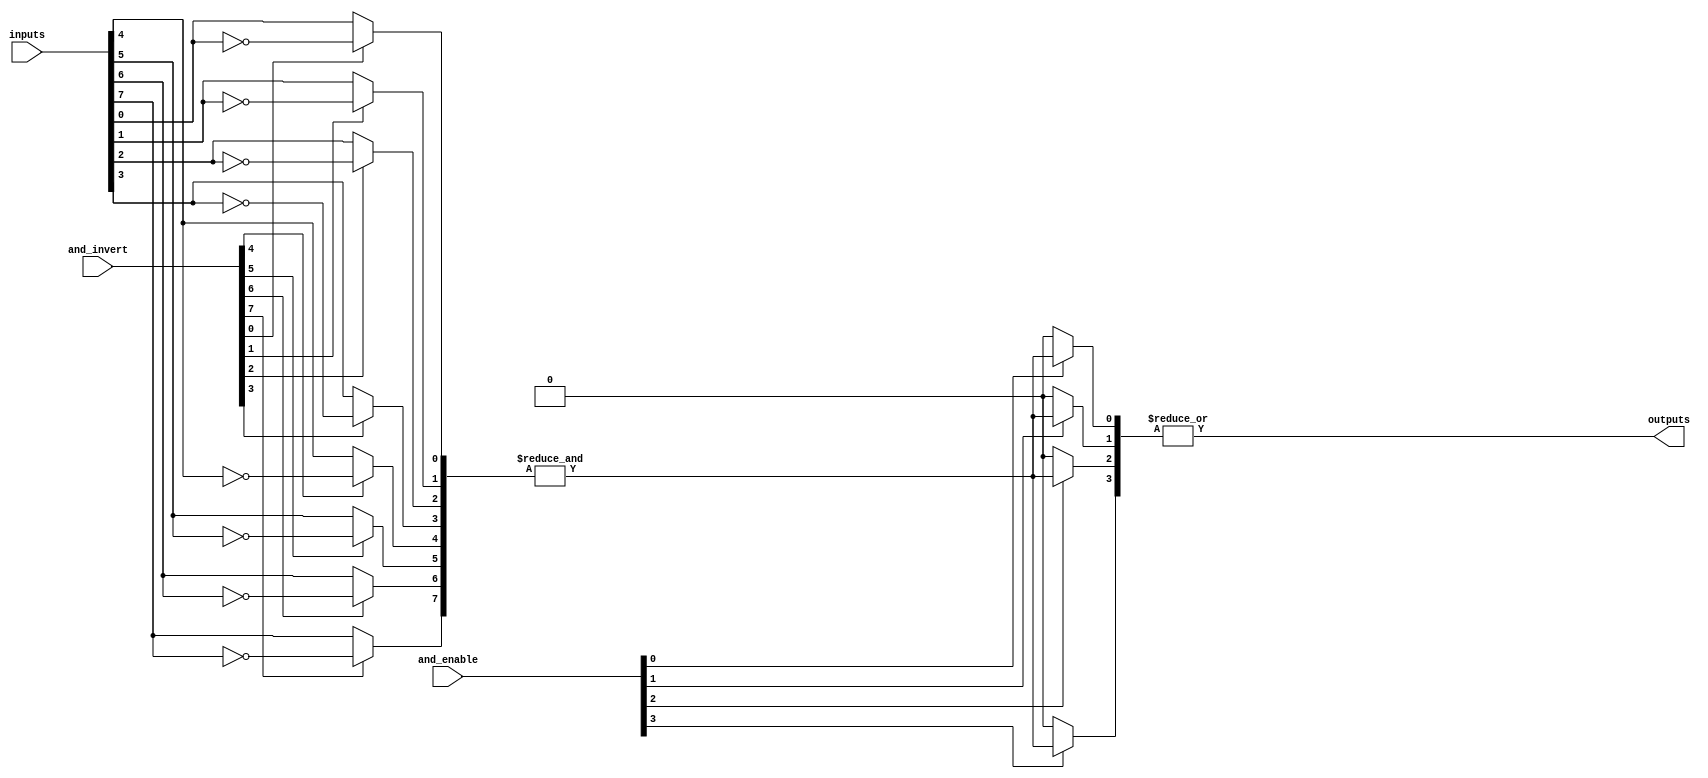
module GPAL #(
    parameter NUM_INPUTS = 8,      // Number of inputs
    parameter NUM_AND_GATES = 4,    // Number of AND gates
    parameter NUM_OR_GATES = 1       // Number of OR gates
)(
    input  wire [NUM_INPUTS-1:0] inputs,         // Input signals
    input  wire [NUM_AND_GATES-1:0] and_enable,   // Control signals for AND gates
    input  wire [NUM_INPUTS-1:0] and_invert,      // Inversion control for inputs
    output wire [NUM_OR_GATES-1:0] outputs         // Output signals
);

    // Intermediate signals for AND gate outputs
    wire [NUM_AND_GATES-1:0] and_outputs;

    // Generate AND gates
    genvar i, j;
    generate
        for (i = 0; i < NUM_AND_GATES; i = i + 1) begin : and_gate
            wire [NUM_INPUTS-1:0] and_input; // Inputs for the current AND gate

            // Generate the inputs for the AND gate based on control signals
            for (j = 0; j < NUM_INPUTS; j = j + 1) begin : input_mux
                assign and_input[j] = (and_invert[j]) ? ~inputs[j] : inputs[j];
            end

            // AND gate logic
            assign and_outputs[i] = and_enable[i] ? &and_input : 1'b0; // AND gate output
        end
    endgenerate

    // OR gate logic (fixed structure)
    assign outputs[0] = |and_outputs; // Combine all AND outputs using OR

endmodule